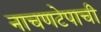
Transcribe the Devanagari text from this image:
नाचणटेपाची